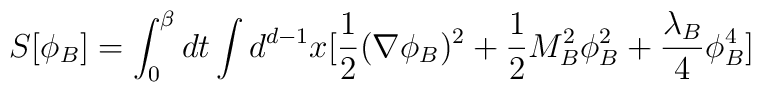
S[\phi_{B}]=\int_{0}^{\beta}dt\int d^{d-1}x[\frac{1}{2} (\nabla\phi_{B})^{2} + \frac{1}{2} M^{2}_{B} \phi^{2}_{B} + \frac{\lambda_{B}}{4}\phi^{4}_{B}]